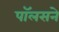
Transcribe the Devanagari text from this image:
पॉलसने